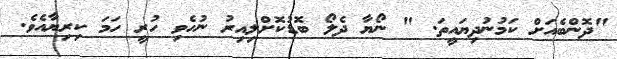
"ދޮންބެއަށް ކަމުނުދިޔައީތަ. " ނޯޔާ ދެލޯ ބޮޑުކޮށްލިއިރު ނުހެވި ހުރީ ހަމަ ކިރިޔާއެވެ.